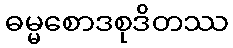
ဓမ္မစောဒစုဒိတဿ